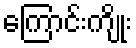
ကြောင်းကျိုး